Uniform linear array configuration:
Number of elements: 24
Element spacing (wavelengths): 0.75
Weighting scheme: uniform
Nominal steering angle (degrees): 30
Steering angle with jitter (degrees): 30.653
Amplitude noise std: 0.05
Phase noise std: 0.05

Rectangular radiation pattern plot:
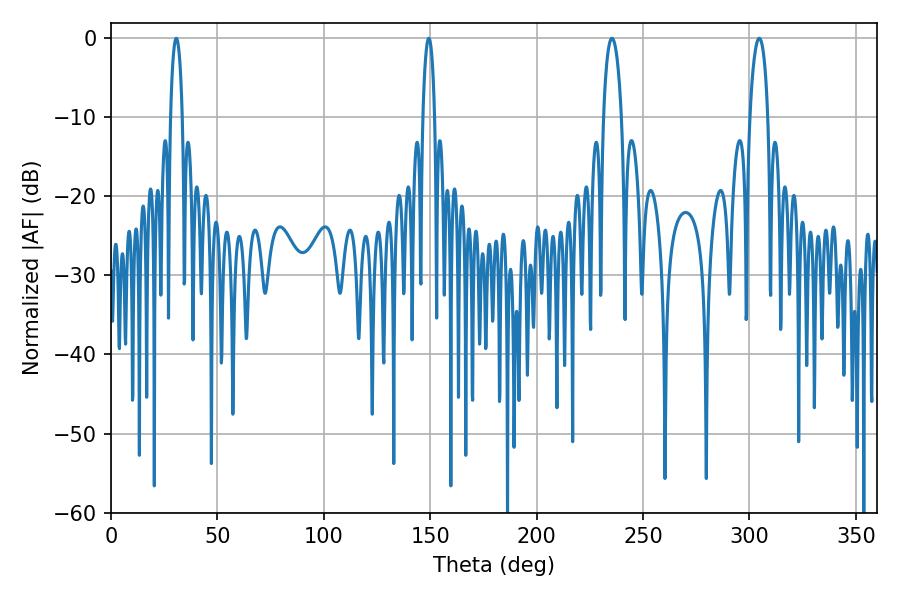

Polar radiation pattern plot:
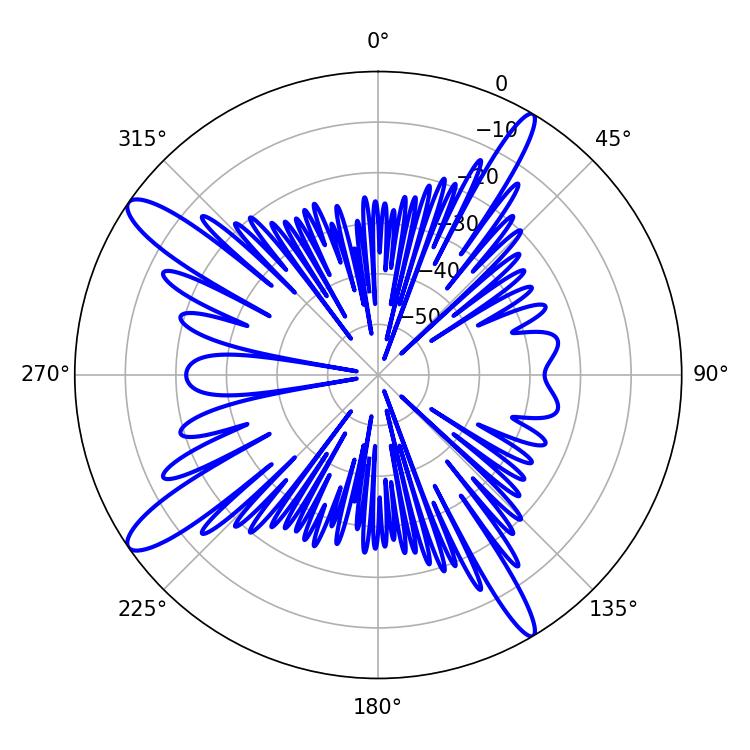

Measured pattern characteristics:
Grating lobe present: TRUE
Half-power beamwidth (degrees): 4.86
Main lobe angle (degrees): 235.44